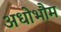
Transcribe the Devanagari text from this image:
अधोभौम